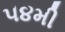
૫૪મી